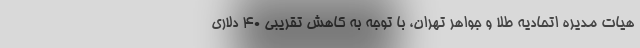
هیات مدیره اتحادیه طلا و جواهر تهران، با توجه به کاهش تقریبی ۴۰ دلاری